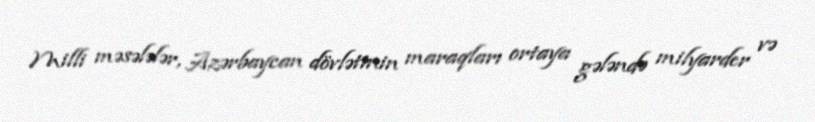
Milli məsələlər, Azərbaycan dövlətinin maraqları ortaya gələndə milyarder və